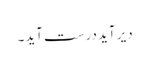
دیر آید درست آید۔